Vital statistics of India. Vol. VI, European troops 1870-79
Year: 1870
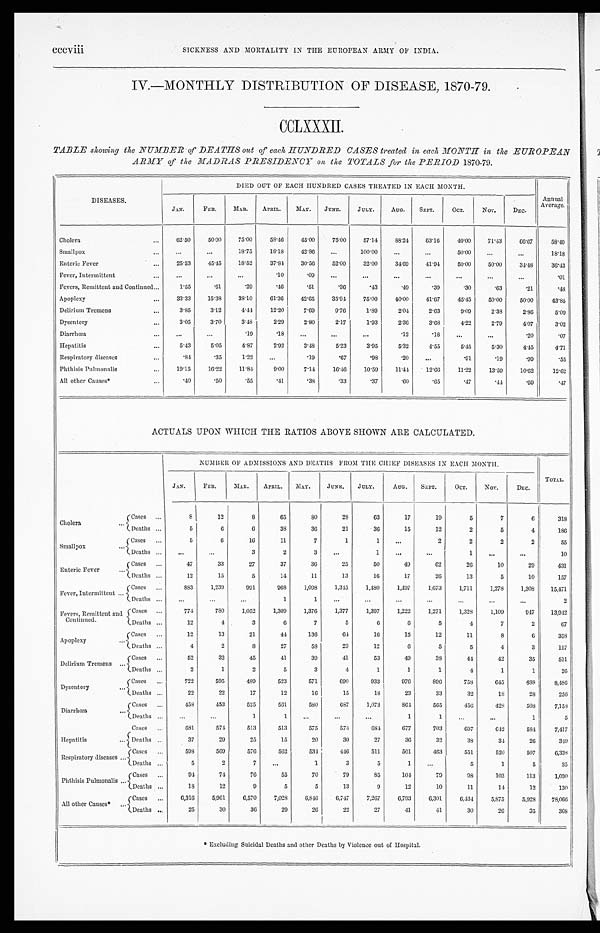
cccviii
SICKNESS AND MORTALITY IN THE EUROPEAN ARMY OF INDIA.
IV.—MONTHLY DISTRIBUTION OF DISEASE, 1870-79.
CCLXXXII.
TABLE showing the NUMBER of DEATHS out of each HUNDRED CASES treated in each MONTH in the EUROPEAN
ARMY of the MADRAS PRESIDENCY on the TOTALS for the PERIOD 1870-79.
DISEASES.
DIED OUT OF EACH HUNDRED CASES TREATED IN EACH MONTH.
Annual
Average.
JAN.
FEB.
MAR. APRIL.
MAY. JUNE.
JULY.
AUG.
SEPT.
OCT.
NOV.
DEC.
Cholera
. . . 62.50
50.00
75.00
58.46
45.00
75.00
57.14
88.24
63.16
40.00
71.43
66.67
58.49
Smallpox
. . . ...
...
18.75
18.18
42.86
...
100.00
...
...
50.00
...
...
18.18
Enteric Fever
. . . 25.53
45.45
18.52
37.84
30.56
52.00
32.00
34.69
41.94
50.00
50.00
34.48
36.43
Fever, Intermittent
. . . ...
...
...
.10
.09
...
...
...
...
...
...
...
.01
Fevers, Remittent and Continued
. . . 1.55
.51
.29
.46
.51
.36
.43
.49
.39
.30
.63
.21
.48
Apoplexy
. . . 33.33
15.38
38.10
61.36
42.65
35.94
75.00
40.00
41.67
45.45
50.00
50.00
43.85
Delirium Tremens
. . . 3.85
3.12
4.44
12.20
7.69
9.76
1.89
2.04
2.63
9.09
2.38
2.86
5.09
Dysentery
. . . 3.05
3.70
3.48
2. 29
2.80
2.17
1.93
2.36
3.68
4.22
2.79
4.07
3.02
Diarrhœa
. . . ...
...
.19
.18
...
...
...
.12
.18
...
...
.20
.07
Hepatitis
. . . 5.43
5.05
4.87
2. 92
3.48
5.23
3.95
5.32
4.55
5.45
5.30
4.45
4.71
Respiratory diseases
. . . .84
.35
1.22
...
.19
.67
.98
.20
...
.91
.19
.99
.55
Phthisis Pulmonalis
. . . 19.15
16.22
11.84
9. 00
7.14
16.46
10.59
11.44
12.66
11.22
13.59
10.62
12.62
All other Causes*
. . .
.40
.50
.55
.41
.38
.33
.37
.60
.65
.47
.44
.59
.47
ACTUALS UPON WHICH THE RATIOS ABOVE SHOWN ARE CALCULATED.
NUMBER OF ADMISSIONS AND DEATHS FROM THE CHIEF DISEASES IN EACH MONTH.
TOTAL.
JAN.
FEB.
MAR.
APRIL. MAY.
JUNE. JULY.
AUG. SEPT.
OCT.
NOV.
DEC.
Cholera
. . . Cases ...
8
12
8
65
80
28
63
17
19
5
7
6
318
Deaths ...
5
6
6
38
36
21
36
15
12
2
5
4
186
Smallpox
. . .
Cases ...
5
6
16
11
7
1
1
...
2
2
2
2
55
Deaths ...
. . .
. . .
3
2
3
...
1
...
...
1
...
...
10
Enteric Fever
...
Cases ...
47
33
27
37
36
25
50
49
62
26
10
29
431
Deaths ...
12
15
5
14
11
13
16
17
26
13
5
10
157
Fever, Intermittent
. . . Cases ...
883
1,239
991
968
1,098
1,345
1,480
1,497
1,673
1,711
1,278
1,308
15,471
Deaths ...
...
...
...
1
1
. . .
...
. . .
...
. . . ...
...
2
Fevers, Remittent and
Continued.
Cases ...
774
780
1,052
1,309
1,376
1,377
1,397
1,222
1,271
1,328
1,109
947
13,942
Deaths ...
12
4
3
6
7
5
6
6
5
4
7
2
67
Apoplexy
. . . Cases ...
12
13
21
44
136
64
16
15
12
11
8
6
358
Deaths ...
4
2
8
27
58
23
12
6
5
5
4
3
157
Delirium Tremens ...
Cases ...
52
32
45
41
39
41
53
49
38
44
42
35
511
Deaths
. . .
2
1
2
5
3
4
1
1
1
4
1
1
26
Dysentery
. . . Cases ...
722
595
489
523
571
690
933
976
896
758
645
688
8,486
Deaths ...
22
22
17
12
16
15
18
23
33
32
18
28
256
Diarrhœa
...
Cases ...
458
453
525
561
580
687
1,073
864
565
456
4 2 8
508
7,158
Deaths ...
. . .
. . .
1
1
. . . ...
...
1
1
. . .
...
1
5
Hepatitis
. . .
Cases ...
681
574
513
513
575
574
684
677
703
697
6 4 2
584
7,417
Deaths . . .
37
29
25
15
20
30
27
36
32
38
34
26
349
Respiratory diseases ...
Cases ...
598
569
576
562
534
446
511
501
463
551
520
507
6,338
Deaths . . .
5
2
7
. . .
1
3
5
1
...
5
1
5
35
Phthisis Pulmonalis . . . Cases ...
9 4
74
76
55
70
79
85
104
79
98
103
113
1,030
Deaths ...
18
12
9
5
5
13
9
12
10
11
14
12
130
All other Causes*
. . .
Cases ...
6,316
5,961
6,570
7,028
6,846
6,747
7,267
6,793
6,301
6,434
5,875
5,928
78,066
Deaths
. . .
25
30
36
29
26
22
27
41
41
30
26
35
368
* Excluding Suicidal Deaths and other Deaths by Violence out of Hospital.